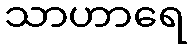
သာဟာရေ